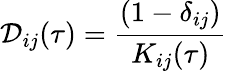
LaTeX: \mathcal{D}_{ij}(\tau)=\frac{(1-\delta_{ij})}{K_{ij}(\tau)}